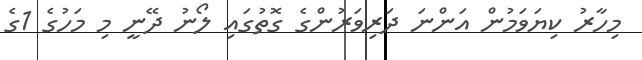
މިހާރު ކިޔަވަމުން އަންނަ ދަރިވަރުންގެ ގޮތުގައި ލޯނު ދޭނީ މި މަހުގެ 1ގެ